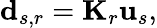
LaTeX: \mathbf{d}_{s,r}=\mathbf{K}_{r}\mathbf{u}_{s},